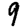
Digit: 9